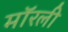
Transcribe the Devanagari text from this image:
मॉरली